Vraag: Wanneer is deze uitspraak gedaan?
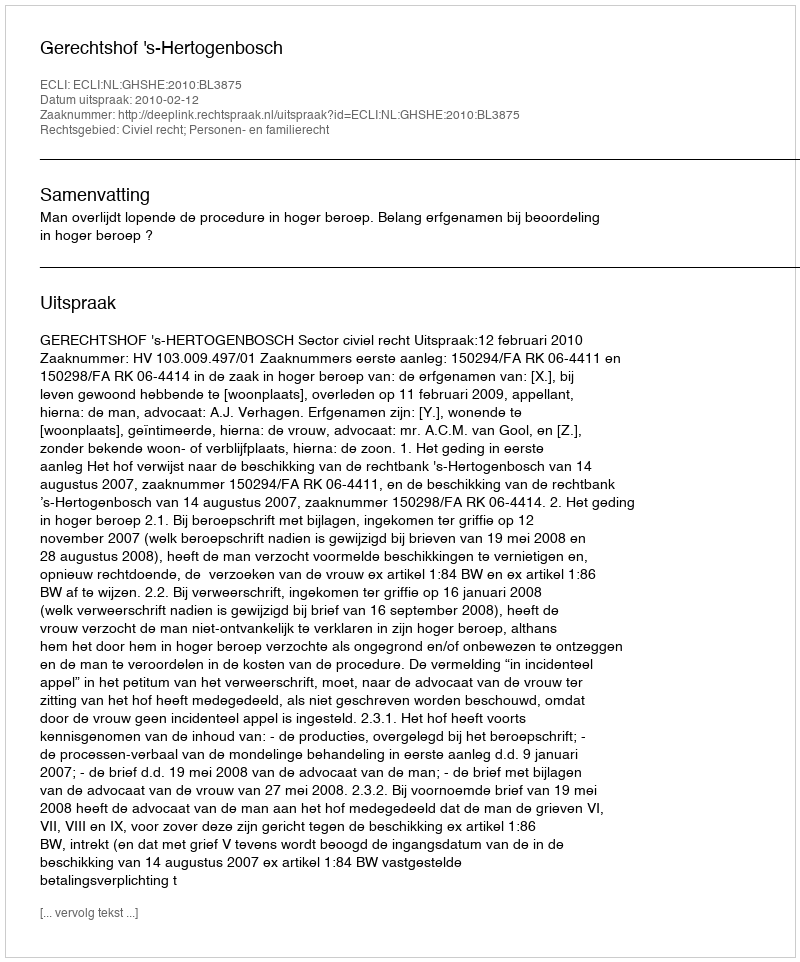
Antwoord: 2010-02-12